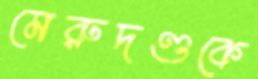
মেরুদণ্ডকে